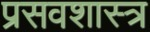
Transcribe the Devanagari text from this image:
प्रसवशास्त्र